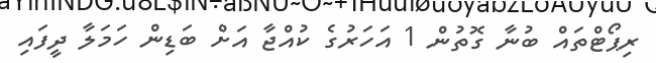
ރިޕޯޓްތައް ބުނާ ގޮތުން 1 އަހަރުގެ ކުއްޖާ އަށް ބަޑިން ހަމަލާ ދީފައި